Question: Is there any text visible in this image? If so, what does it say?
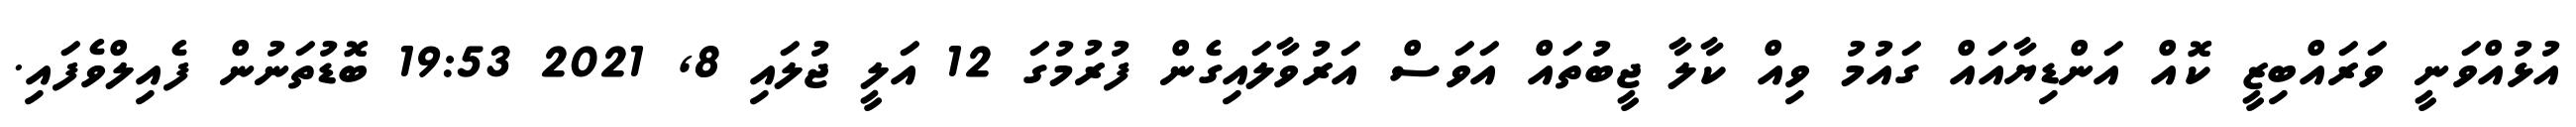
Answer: އުޅުއްވަނީ ވަރައްބިޒީ ކޮއް އަންޑިޔާއައް ގައުމު ވިއް ކާލާ ޖީބުތައް އަވަސް އަރުވާލައިގެން ފުރުމުގަ 12 އަލީ ޖުލައި 8, 2021 19:53 ބޮޑުތަނުން ފެއިލްވެފައި.